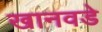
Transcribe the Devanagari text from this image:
खानवडे